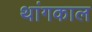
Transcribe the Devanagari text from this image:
थांगकाल